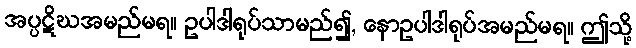
အပ္ပဋိဃအမည်မရ။ ဥပါဒါရုပ်သာမည်၍, နောဥပါဒါရုပ်အမည်မရ။ ဤသို့